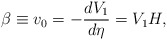
\begin{align*}\beta\equiv v_0=-\frac{dV_1}{d\eta}=V_1 H ,\end{align*}